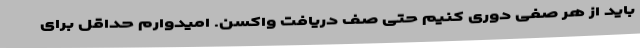
باید از هر صفی دوری کنیم حتی صف دریافت واکسن. امیدوارم حداقل برای